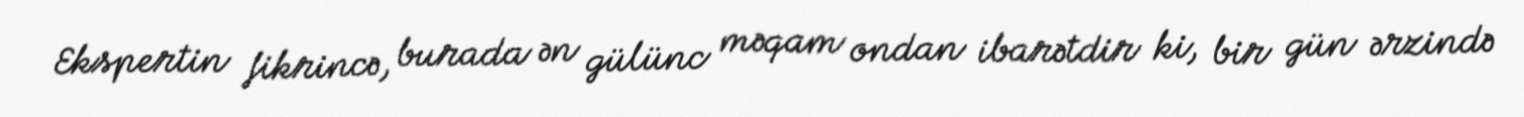
Ekspertin fikrincə, burada ən gülünc məqam ondan ibarətdir ki, bir gün ərzində